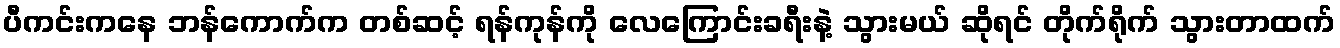
ပီကင်းကနေ ဘန်ကောက်က တစ်ဆင့် ရန်ကုန်ကို လေကြောင်းခရီးနဲ့ သွားမယ် ဆိုရင် တိုက်ရိုက် သွားတာထက်